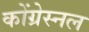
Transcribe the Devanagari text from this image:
कोंग्रेस्नल